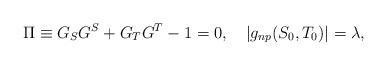
LaTeX: \begin{align*}\Pi \equiv G_S G^S + G_T G^T - 1 = 0,\quad |g_{np}(S_0, T_0)|= \lambda,\end{align*}